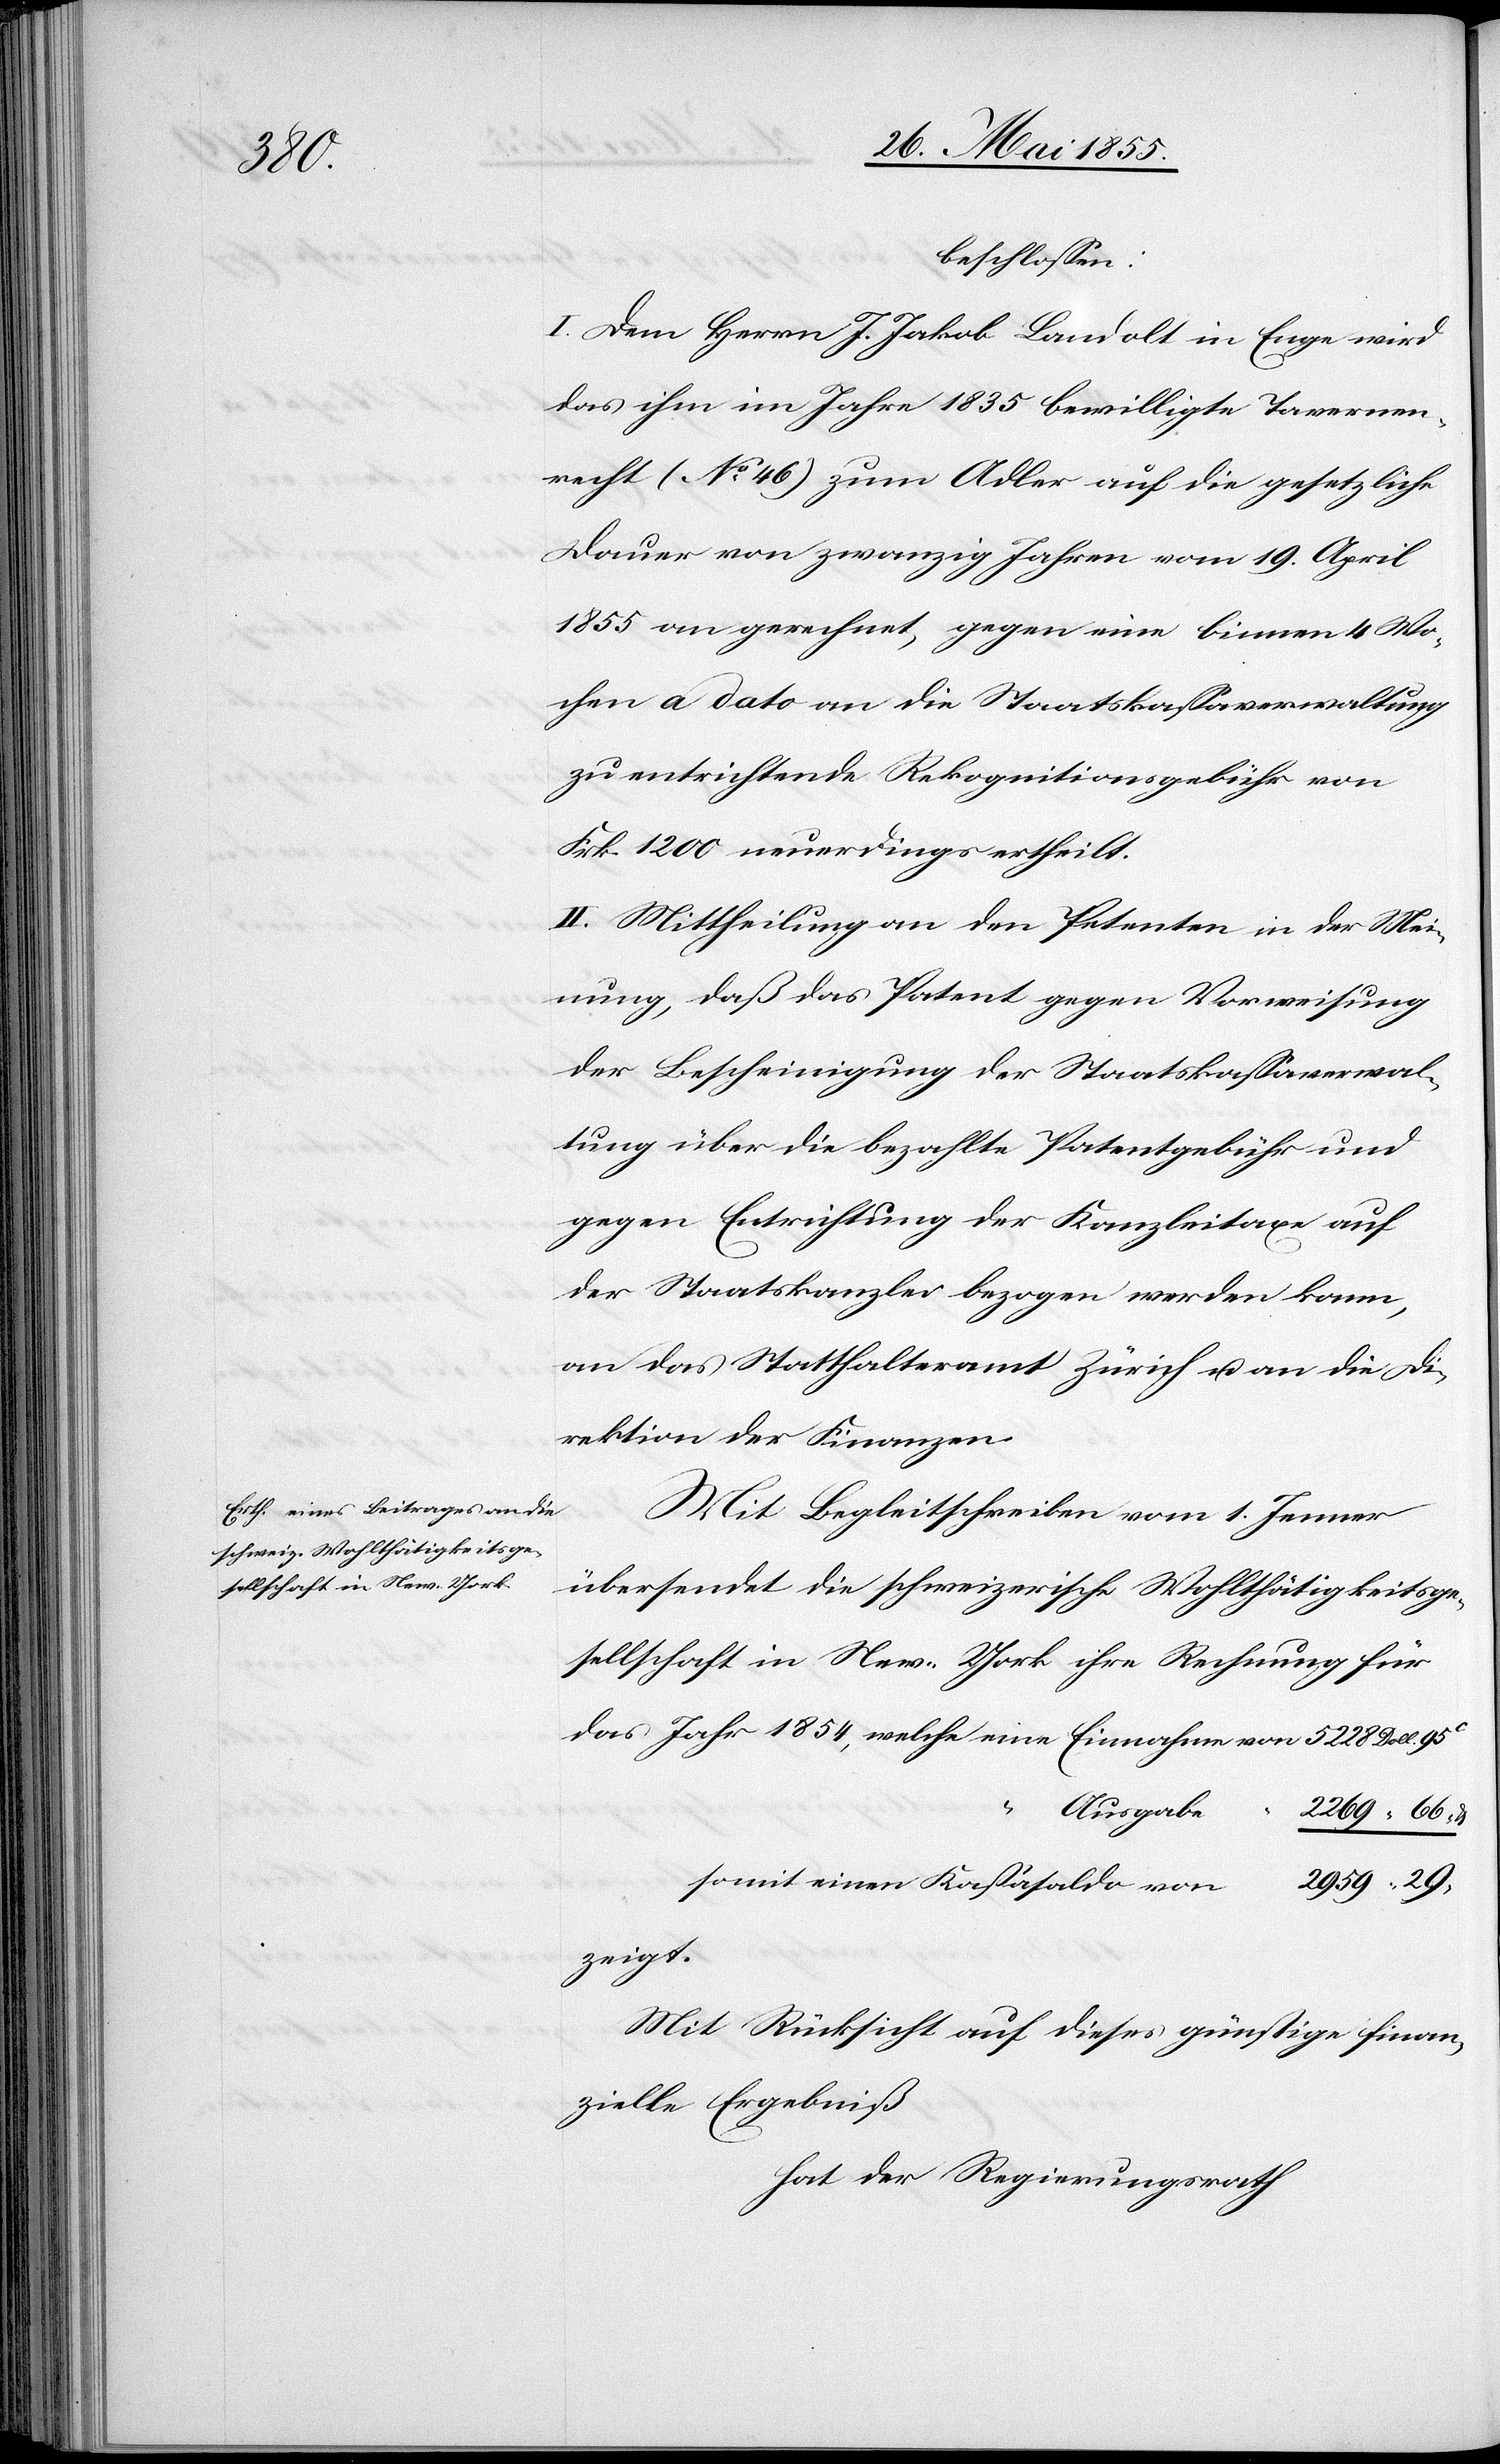
beschlossen:
I. Dem Herrn J. Jakob Landolt in Enge wird
das ihm im Jahre 1835 bewilligte Tavernen¬
recht (No. 46) zum Adler auf die gesetzliche
Dauer von zwanzig Jahren vom 19. April
1855 an gerechnet, gegen eine binnen 4 Wo¬
chen a dato an die Staatskassaverwaltung
zu entrichtende Rekognitionsgebühr von
Frk. 1200 neuerdings ertheilt.
II. Mittheilung an den Petenten in der Mei¬
nung, daß das Patent gegen Vorweisung
der Bescheinigung der Staatskassaverwal¬
tung über die bezahlte Patentgebühr und
gegen Entrichtung der Kanzleitaxe auf
der Staatskanzlei bezogen werden kann,
an das Statthalteramt Zürich u. an die Di¬
rektion der Finanzen.
Mit Begleitschreiben vom 1. Jenner
übersendet die schweizerische Wohlthätigkeitsge¬
sellschaft in New-York ihre Rechnung für
“ Ausgabe
2269 “ 66“
2959 “ 29“
somit einen Kassasaldo von
zeigt.
Mit Rücksicht auf dieses günstige finan¬
zielle Ergebniß
hat der Regierungsrath